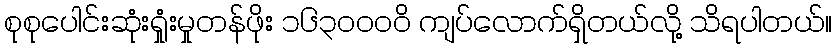
စုစုပေါင်းဆုံးရှုံးမှုတန်ဖိုး ၁၆၃၀၀၀ဝိ ကျပ်လောက်ရှိတယ်လို့ သိရပါတယ်။